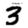
Digit: 3